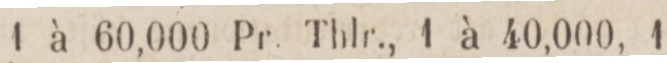
1 à 60,000 Pr. Thlr., 1 à 40,000, 1